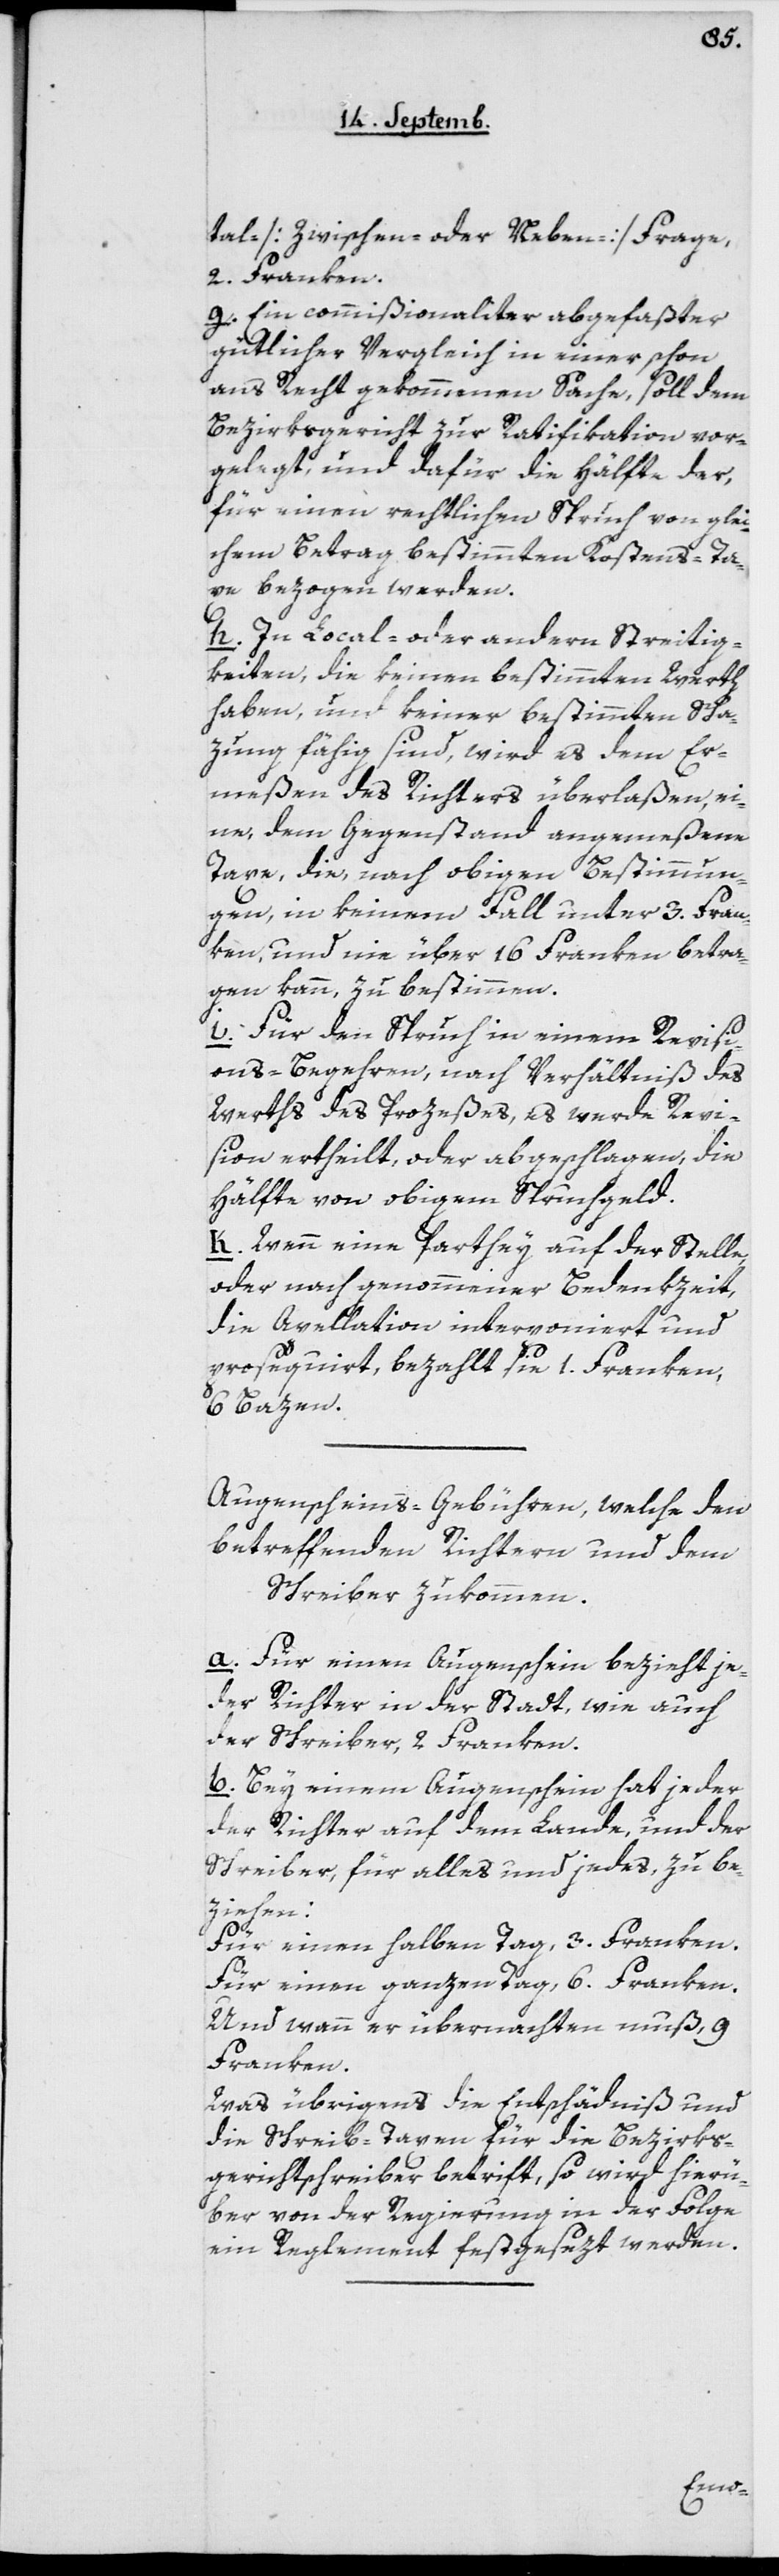
tale [Zwischen- oder Neben-] Frage,
2 Franken.
g. Ein Commißionaliter abgefaßter
gütlicher Vergleich in einer schon
ans Recht gekommenen Sache, soll dem
Bezirksgericht zur Ratifikation vor¬
gelegt, und dafür die Hälfte der,
für einen rechtlichen Spruch von glei¬
chem Betrag bestimmten Kostens-Ta¬
xe bezogen werden.
h. In Local- oder andern Streitig¬
keiten, die keinen bestimmten Werth
haben, und keiner bestimmten Scha¬
zung fähig sind, wird es dem Er¬
meßen des Richters überlaßen, ei¬
ne, dem Gegenstand angemeßene
Taxe, die, nach obigen Bestimmun¬
gen, in keinem Fall unter 3 Fran¬
ken, und nie über 16 Franken betra¬
gen kann, zu bestimmen.
i. Für den Spruch in einem Revisi¬
ons-Begehren, nach Verhältniß des
Werths des Prozeßes, es werde Revi¬
sion ertheilt oder abgeschlagen, die
Hälfte von obigem Spruchgeld.
k. Wenn eine Parthey auf der Stelle,
oder nach genommener Bedenkzeit,
die Appellation interponiert und
prosequirt, bezahlt sie 1 Franken,
6 Bazen.
Augenscheins-Gebühren, welche den
betreffenden Richtern und dem
Schreiber zukommen.
a. Für einen Augenschein bezieht je¬
der Richter in der Stadt, wie auch
der Schreiber, 2 Franken.
b. Bey einem Augenschein hat jeder
der Richter auf dem Lande, und der
Schreiber, für alles und jedes, zu be¬
ziehen:
Für einen halben Tag, 3 Franken.
Für einen ganzen Tag, 6 Franken.
Und wenn er übernachten muß, 9
Franken.
Was übrigens die Entschädniß und
die Schreib-Taxen für die Bezirks¬
gerichtsschreiber betrifft, so wird hierü¬
ber von der Regierung in der Folge
ein Reglement festgesezt werden.